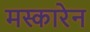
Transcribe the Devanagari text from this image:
मस्कारेन